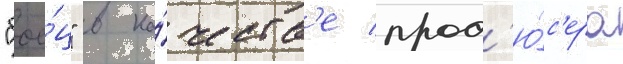
"бое́ц" в ка́честв'е прод'ю́с'ера